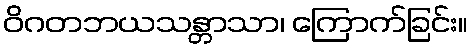
ဝိဂတဘယသန္တာသာ၊ ကြောက်ခြင်း။